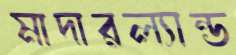
মাদারল্যান্ড